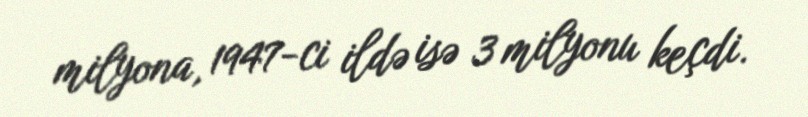
milyona, 1947-ci ildə isə 3 milyonu keçdi.